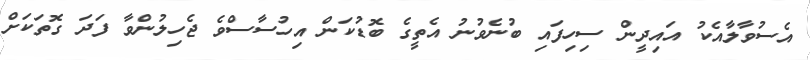
އެސުވާލާއެކު އައިދީން ސިހިފައި ބުނެވުނު އެތީގެ ބޮޑުކަން އިހުސާސްވެ ޖެހިލުންވާ ފަދަ ގޮތަކަށް